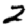
Digit: 2